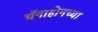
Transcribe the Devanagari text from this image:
चॅनाहोनच्या